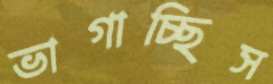
ভাগাচ্ছিস